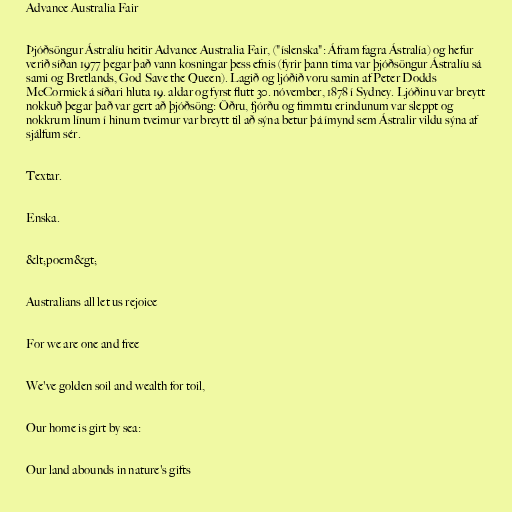
Advance Australia Fair

Þjóðsöngur Ástralíu heitir Advance Australia Fair, ("íslenska": Áfram fagra Ástralía) og hefur
verið síðan 1977 þegar það vann kosningar þess efnis (fyrir þann tíma var þjóðsöngur Ástralíu sá
sami og Bretlands, God Save the Queen). Lagið og ljóðið voru samin af Peter Dodds
McCormick á síðari hluta 19. aldar og fyrst flutt 30. nóvember, 1878 í Sydney. Ljóðinu var breytt
nokkuð þegar það var gert að þjóðsöng: Öðru, fjórðu og fimmtu erindunum var sleppt og
nokkrum línum í hinum tveimur var breytt til að sýna betur þá ímynd sem Ástralir vildu sýna af
sjálfum sér.

Textar.

Enska.

&lt;poem&gt;

Australians all let us rejoice

For we are one and free

We've golden soil and wealth for toil,

Our home is girt by sea:

Our land abounds in nature's gifts